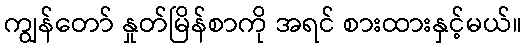
ကျွန်တော် နှုတ်မြိန်စာကို အရင် စားထားနှင့်မယ်။